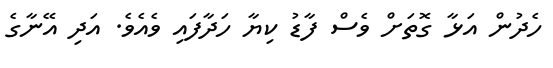
ހެދުން އަޅާ ގޮތަށް ވެސް ފާޑު ކިޔާ ހަދާފައި ވެއެވެ. އަދި އޭނާގެ